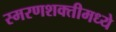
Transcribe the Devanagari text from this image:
स्मरणशक्तीमध्ये